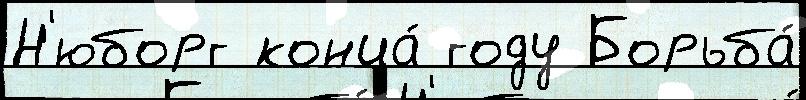
Н'юборг конца́ году Борьба́